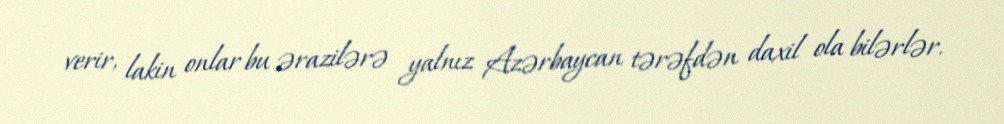
verir, lakin onlar bu ərazilərə yalnız Azərbaycan tərəfdən daxil ola bilərlər.